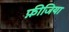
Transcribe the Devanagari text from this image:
फ़ीजिया